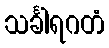
သင်္ခါရဂတံ